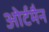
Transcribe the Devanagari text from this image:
ओर्टमैन